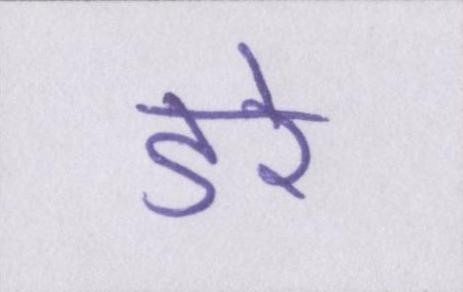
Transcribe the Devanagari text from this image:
डरे